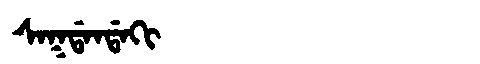
Manchu: ᠰᠠᡴᡩᠠᠨᡩᠠᡴᡳ
Romanization: SAKDANDAKI